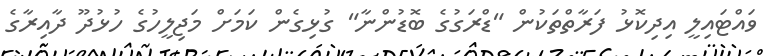
ވައްޓައިލީ އިދިކޮޅު ފަރާތްތަކުން "ޑްރަގުގެ ބޮޑުންނާ" ގުޅިގެން ކަމަށް މަޖިލީހުގެ ހުޅުދޫ ދާއިރާގެ